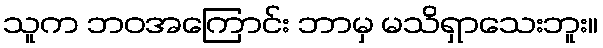
သူက ဘဝအကြောင်း ဘာမှ မသိရှာသေးဘူး။